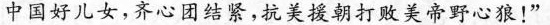
中国好儿女，齐心团结紧，抗美援朝打败美帝野心狼！”